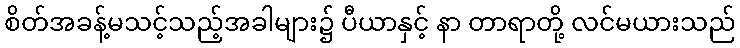
စိတ်အခန့်မသင့်သည့်အခါများ၌ ပီယာနှင့် နာ တာရာတို့ လင်မယားသည်